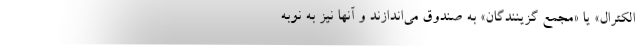
الکترال» یا «مجمع گزینندگان» به صندوق می‌اندازند و آنها نیز به نوبه